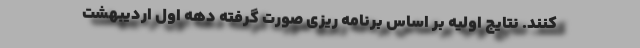
کنند. نتایج اولیه بر اساس برنامه ریزی صورت گرفته دهه اول اردیبهشت